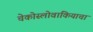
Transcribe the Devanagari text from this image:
चेकोस्लोवाकियाचा